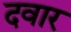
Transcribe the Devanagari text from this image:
दवार